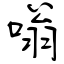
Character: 嗡